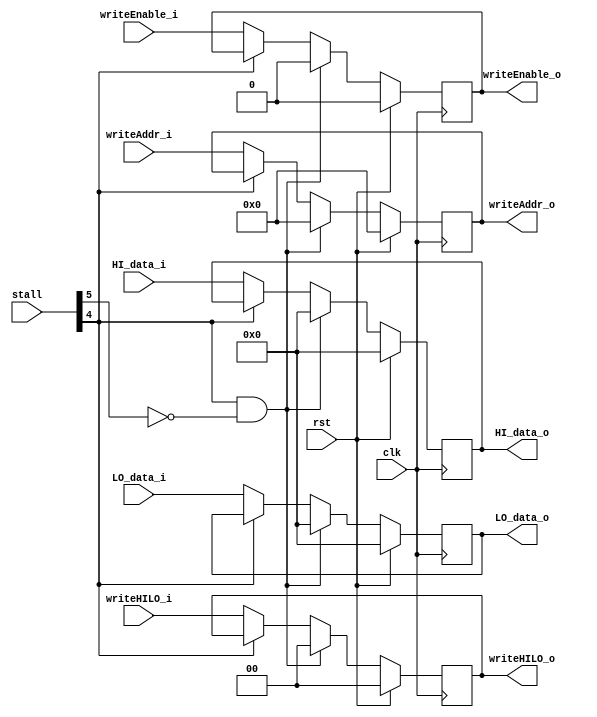
module MEM_WB(
    input wire clk,
    input wire rst,
    input wire [4:0] writeAddr_i,
    input wire writeEnable_i,
    input wire [1:0] writeHILO_i,
    input wire [31:0] HI_data_i,
    input wire [31:0] LO_data_i,
    input wire [5:0] stall,
    
    output reg [4:0] writeAddr_o,
    output reg writeEnable_o,
    output reg [1:0] writeHILO_o,
    output reg [31:0] HI_data_o,
    output reg [31:0] LO_data_o
);

    always @ (posedge clk) begin
        if (rst == 1'b1) begin 
            HI_data_o <= 32'b0;
            LO_data_o <= 32'b0;
            writeEnable_o <= 1'b0;
            writeAddr_o <= 5'b0;
            writeHILO_o <= 2'b00;
        end else if(stall[4] == 1'b1 && stall[5] == 1'b0) begin
        	HI_data_o <= 32'b0;
			LO_data_o <= 32'b0;
			writeEnable_o <= 1'b0;
			writeAddr_o <= 5'b0;
			writeHILO_o <= 2'b00;
        end else if(stall[4] == 1'b0) begin
            HI_data_o <= HI_data_i;
            LO_data_o <= LO_data_i;
            writeEnable_o <= writeEnable_i;
            writeAddr_o <= writeAddr_i;
            writeHILO_o <= writeHILO_i;
        end
    end
endmodule